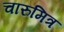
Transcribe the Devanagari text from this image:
चारुमित्र